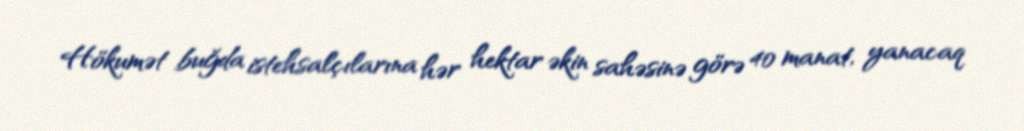
Hökumət buğda istehsalçılarına hər hektar əkin sahəsinə görə 40 manat, yanacaq